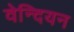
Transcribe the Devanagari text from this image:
वेन्दियन